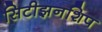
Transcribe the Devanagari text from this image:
सिटीझनशिप